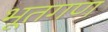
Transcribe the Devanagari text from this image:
भूतगण